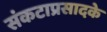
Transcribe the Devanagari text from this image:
संकटाप्रसादके